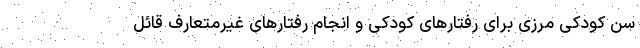
سن کودکی مرزی برای رفتارهای کودکی و انجام رفتارهای غیرمتعارف قائل